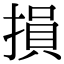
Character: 損